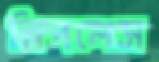
স্লিপলেস